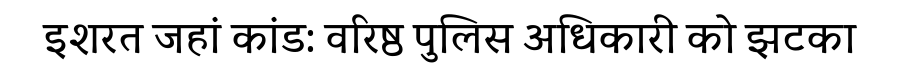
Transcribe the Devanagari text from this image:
इशरत जहां कांड: वरिष्ठ पुलिस अधिकारी को झटका